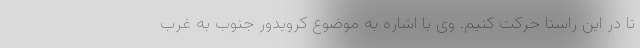
تا در این راستا حرکت کنیم. وی با اشاره به موضوع کرویدور جنوب به غرب